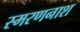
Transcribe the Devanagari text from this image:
स्मरणनाश